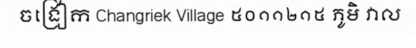
ចង្រៀក Changriek Village ៥០១១២១៥ ភូមិ វាល